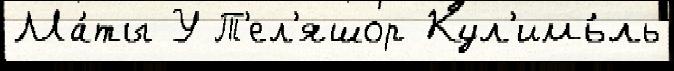
Ма́ты У Т'ел'яшор Кул'имь́ль